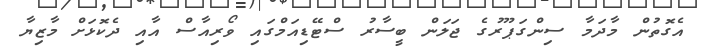
އެގޮތުން މާދަމާ ސިންގަޕޫރުގެ ޖަލަން ބީސާރު ސްޓޭޑިއަމްގައި ވޯރިއާސް އާއި ދެކޮޅަށް މާޒިޔާ